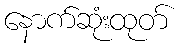
နောက်ဆုံးထုတ်